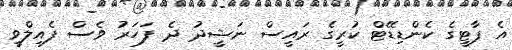
އެ ޕާޓީގެ ކެންޑިޑޭޓް ކުރީގެ ރައީސް ނަޝީދު ދެ ފަހަރު ވެސް ފެއިލްވީ